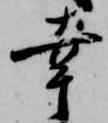
幸